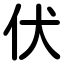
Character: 伏